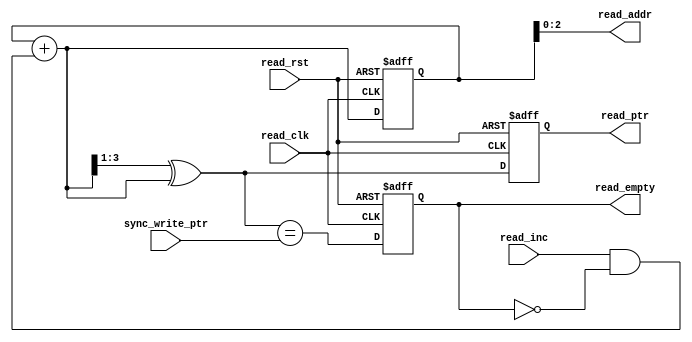
`timescale 1ns / 1ps
//////////////////////////////////////////////////////////////////////////////////
// Company: 
// Engineer: 
// 
// Design Name: 
// Module Name: ReadEmpty
// Project Name: 
// Target Devices: 
// Tool Versions: 
// Description: 
// 
// Dependencies: 
// 
// Revision:
// Revision 0.01 - File Created
// Additional Comments:
// 
//////////////////////////////////////////////////////////////////////////////////


module ReadEmpty #(parameter address=3)(read_clk,read_rst,read_inc,sync_write_ptr,read_ptr,read_addr,read_empty);
input read_clk,read_rst,read_inc;
input [address:0]sync_write_ptr;
output reg [address:0]read_ptr;
output reg [address-1:0]read_addr;
output reg read_empty;

reg [address:0]read_binary,binary_next,gray_next;

always@*
begin
read_addr=read_binary[address-1:0];
binary_next=read_binary+(read_inc&&(~read_empty));
gray_next=(binary_next>>1)^binary_next;
end

always@(posedge read_clk or posedge read_rst)
begin
if(read_rst) {read_binary,read_ptr}<=0;
else {read_binary,read_ptr}<={binary_next,gray_next};
end

always@(posedge read_clk or posedge read_rst)
begin
if(read_rst) read_empty<=1;
else read_empty<=(gray_next==sync_write_ptr);
end




















endmodule